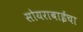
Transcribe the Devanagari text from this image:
सोयराबाईचा